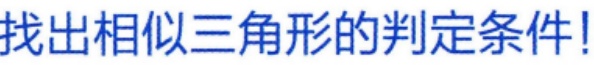
找出相似三角形的判定条件!